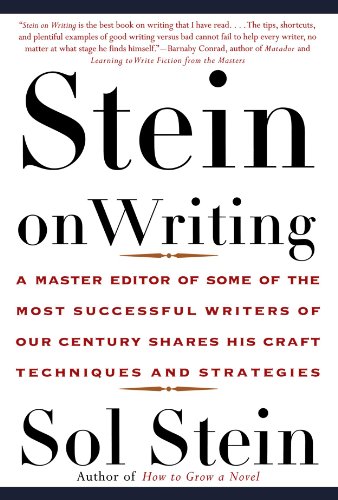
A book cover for Stein On Writing: A Master Editor of Some of the Most Successful Writers of Our Century Shares His Craft Techniques and Strategies; Sol Stein; Reference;